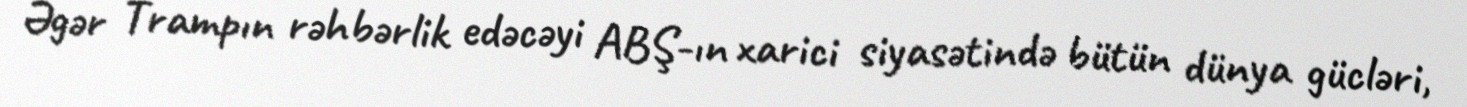
Əgər Trampın rəhbərlik edəcəyi ABŞ-ın xarici siyasətində bütün dünya gücləri,